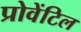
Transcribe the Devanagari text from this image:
प्रोवेंटिल